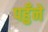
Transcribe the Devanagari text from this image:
पहुँने